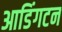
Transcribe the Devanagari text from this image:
आडिंगटन